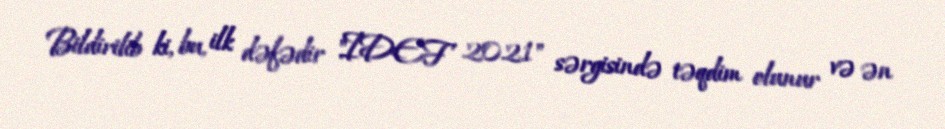
Bildirilib ki, bu, ilk dəfədir "IDEF 2021" sərgisində təqdim olunur və ən